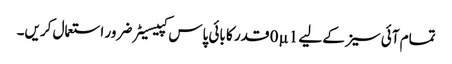
تمام آئی سیز کے لیے 0µ1 قدر کا بائی پاس کپیسیٹر ضرور استعمال کریں۔